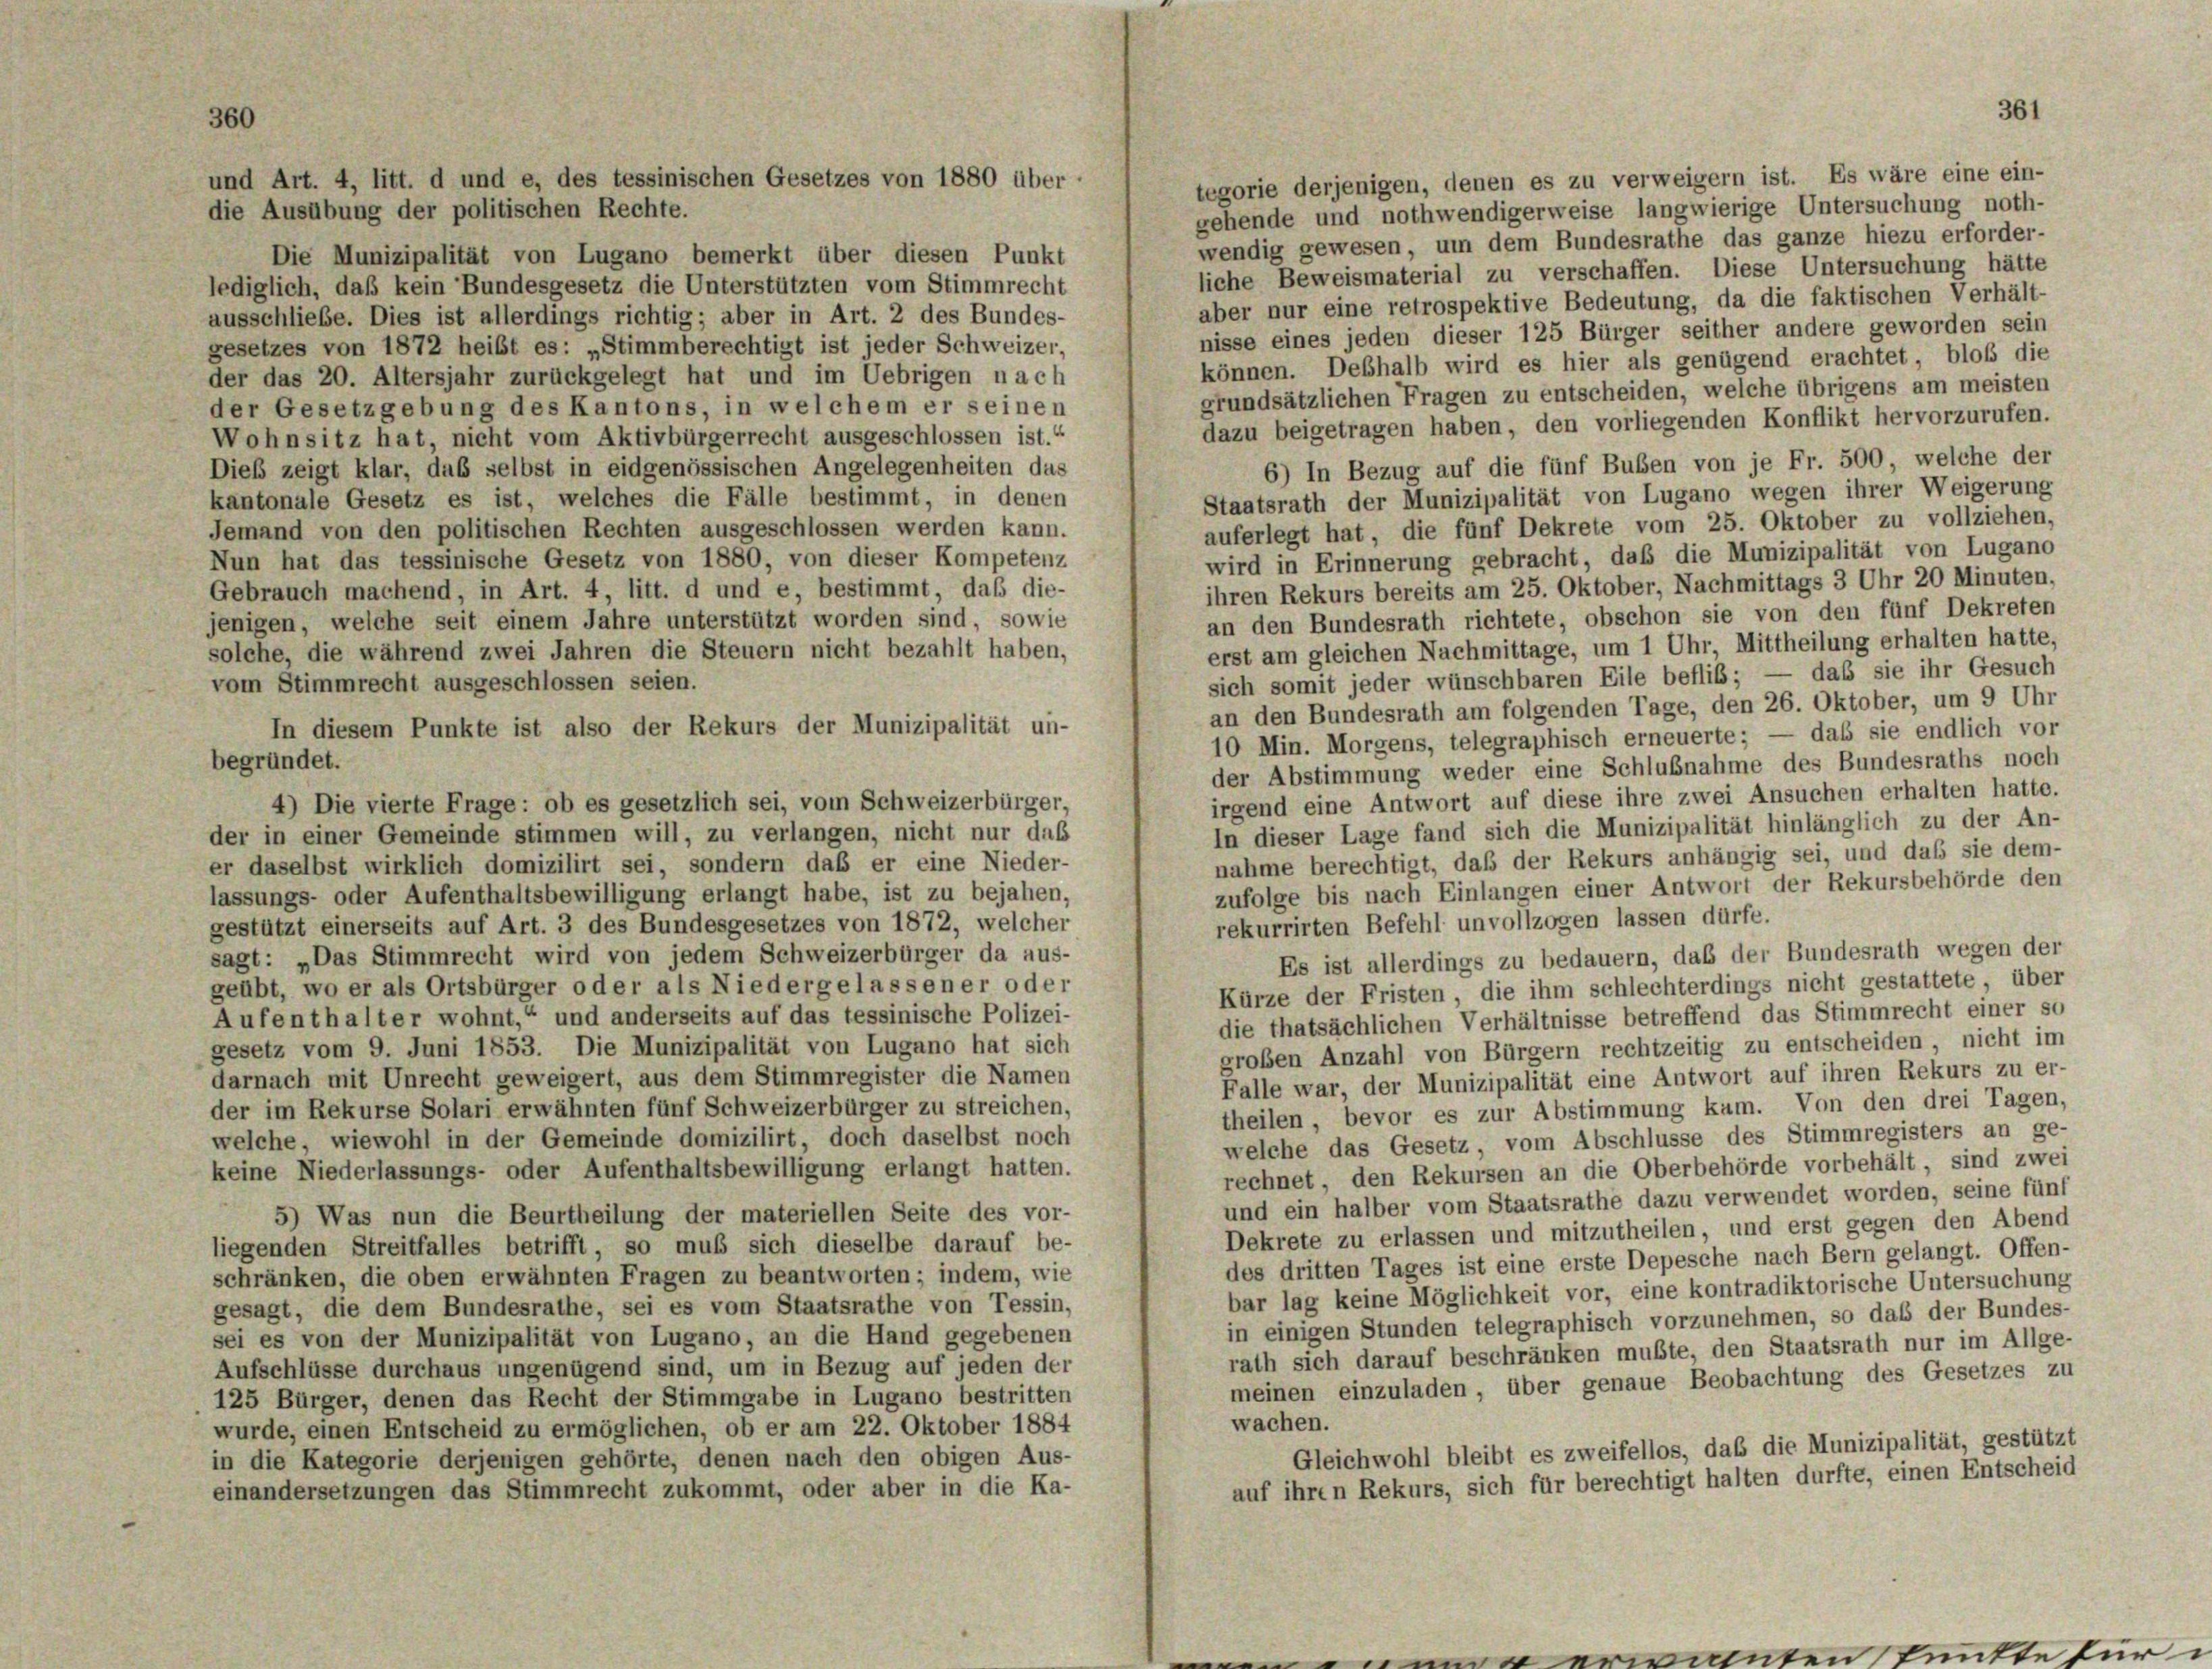
die Ausübung der politischen Rechte.
Die Munizipalität von Lugano bemerkt über diesen Punkt
liche Beweismaterial zu verschaffen. Diese Untersuchung hätte
lediglich, daß kein Bundesgesetz die Unterstützten vom Stimmrecht
aber nur eine retrospektive Bedeutung, da die faktischen Verhält-
ausschließe. Dies ist allerdings richtig; aber in Art. 2 des Bundes-
nisse eines jeden dieser 125 Bürger seither andere geworden sein
gesetzes von 1872 heibt es: „Stimmberechtigt ist jeder Schweizer,
können. Deßhalb wird es hier als genügend erachtet, bloß die
der das 20. Altersjahr zurückgelegt hat und im Uebrigen nach
grundsätzlichen Fragen zu entscheiden, welche übrigens am meisten
der Gesetzgebung des Kantons, in welchem er seinen
dazu beigetragen haben, den vorliegenden Konflikt hervorzurufen.
Wohnsitz hat, nicht vom Aktivbürgerrecht ausgeschlossen ist.“
6) In Bezug auf die fünf Buben von je Fr. 500, welche der
Dieß zeigt klar, das selbst in eidgenössischen Angelegenheiten das
Staatsrath der Munizipalität von Lugano wegen ihrer Weigerung
kantonale Gesetz es ist, welches die Fälle bestimmt, in denen
auferlegt hat, die fünf Dekrete vom 25. Oktober zu vollziehen,
Jemand von den politischen Rechten ausgeschlossen werden kann.
wird in Erinnerung gebracht, daß die Munizipalität von Lugano
Nun hat das tessinische Gesetz von 1880, von dieser Kompetenz
ihren Rekurs bereits am 25. Oktober, Nachmittags 3 Uhr 20 Minuten.
Gebrauch machend, in Art. 4, litt. d und e, bestimmt, daß die-
an den Bundesrath richtete, obschon sie von den fünf Dekreten
jenigen, welche seit einem Jahre unterstützt worden sind, sowie
erst am gleichen Nachmittage, um 1 Uhr, Mittheilung erhalten hatte,
solche, die während zwei Jahren die Steuern nicht bezahlt haben,
sich somit jeder wünschbaren Eile beflib; — das sie ihr Gesuch
vom Stimmrecht ausgeschlossen seien.
an den Bundesrath am folgenden Tage, den 26. Oktober, um 9 Uhr
In diesem Punkte ist also der Rekurs der Munizipalität un-
10 Min. Morgens, telegraphisch erneuerte; — das sie endlich vor
begründet.
der Abstimmung weder eine Schlußnahme des Bundesraths noch
irgend eine Antwort auf diese ihre zwei Ansuchen erhalten hatte.
4) Die vierte Frage: ob es gesetzlich sei, vom Schweizerbürger,
In dieser Lage fand sich die Munizipalität hinlänglich zu der An-
der in einer Gemeinde stimmen will, zu verlangen, nicht nur das
nahme berechtigt, daß der Rekurs anhängig sei, und das sie dem-
er daselbst wirklich domizilirt sei, sondern daß er eine Nieder-
zufolge bis nach Einlangen einer Antwort der Rekursbehörde den
lassungs- oder Aufenthaltsbewilligung erlangt habe, ist zu bejahen,
rekurrirten Befehl unvollzogen lassen dürfe.
gestützt einerseits auf Art. 3 des Bundesgesetzes von 1872, welcher
sagt: „Das Stimmrecht wird von jedem Schweizerbürger da aus-
Es ist allerdings zu bedauern, daß der Bundesrath wegen der
geübt, wo er als Ortsbürger oder als Niedergelassener oder
Kürze der Fristen die ihm schlechterdings nicht gestattete, über
Aufenthalter wohnt,“ und anderseits auf das tessinische Polizei-
die thatsächlichen Verhältnisse betreffend das Stimmrecht einer so
gesetz vom 9. Juni 1853. Die Munizipalität von Lugano hat sich
großen Anzahl von Bürgern rechtzeitig zu entscheiden, nicht im
darnach mit Unrecht geweigert, aus dem Stimmregister die Namen
Falle war, der Munizipalität eine Antwort auf ihren Rekurs zu er-
der im Rekurse Solari erwähnten fünf Schweizerbürger zu streichen,
theilen, bevor es zur Abstimmung kam. Von den drei Tagen,
welche, wiewohl in der Gemeinde domizilirt, doch daselbst noch
welche das Gesetz, vom Abschlüsse des Stimmregisters an ge-
rechnet, den Rekursen an die Oberbehörde vorbehält, sind zwei
keine Niederlassungs- oder Aufenthaltsbewilligung erlangt hatten.
und ein halber vom Staatsrathe dazu verwendet worden, seine fünf
5) Was nun die Beurtheilung der materiellen Seite des vor-
Dekrete zu erlassen und mitzutheilen, und erst gegen den Abend
liegenden Streitfalles betrifft, so muß sich dieselbe darauf be-
des dritten Tages ist eine erste Depesche nach Bern gelangt. Offen-
schränken, die oben erwähnten Fragen zu beantworten; indem, wie
bar lag keine Möglichkeit vor, eine kontradiktorische Untersuchung
gesagt, die dem Bundesrathe, sei es vom Staatsrathe von Tessin,
in einigen Stunden telegraphisch vorzunehmen, so das der Bundes-
sei es von der Munizipalität von Lugano, an die Hand gegebenen
rath sich darauf beschränken mußte, den Staatsrath nur im Allge-
Aufschlüsse durchaus ungenügend sind, um in Bezug auf jeden der
meinen einzuladen, über genaue Beobachtung des Gesetzes zu
125 Bürger, denen das Recht der Stimmgabe in Lugano bestritten
wachen.
wurde, einen Entscheid zu ermöglichen, ob er am 22. Oktober 1884
Gleichwohl bleibt es zweifellos, daß die Munizipalität, gestützt
in die Kategorie derjenigen gehörte, denen nach den obigen Aus-
auf ihren Rekurs, sich für berechtigt halten durfte, einen Entscheid
einandersetzungen das Stimmrecht zukommt, oder aber in die Ka-

und Art. 4, litt. d und e, des tessinischen Gesetzes von 1880 über

tegorie derjenigen, denen es zu verweigern ist. Es wäre eine ein-
gehende und nothwendigerweise langwierige Untersuchung noth-
wendig gewesen, um dem Bundesrathe das ganze hiezu erforder-